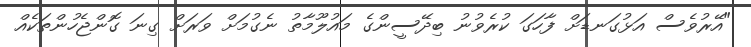
"އޭރުވެސް އަޅުގަނޑަށް ފާހަގަ ކުރެވުނު ބިދޭސީންގެ މައުލޫމާތު ނެގުމަށް ވަރަށް ގިނަ ގޮންޖެހުންތަކެއް